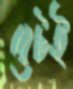
রেটই